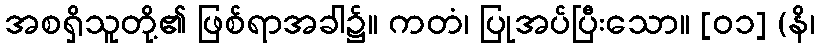
အစရှိသူတို့၏ ဖြစ်ရာအခါ၌။ ကတံ၊ ပြုအပ်ပြီးသော။ [၀၁] (နိ၊